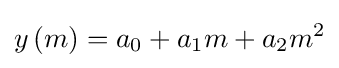
y\left(m\right)=a_{0}+a_{1}m+a_{2}m^{2}